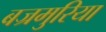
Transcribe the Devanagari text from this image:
बज्रमुरिया